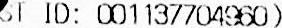
ST ID: 001137704960)